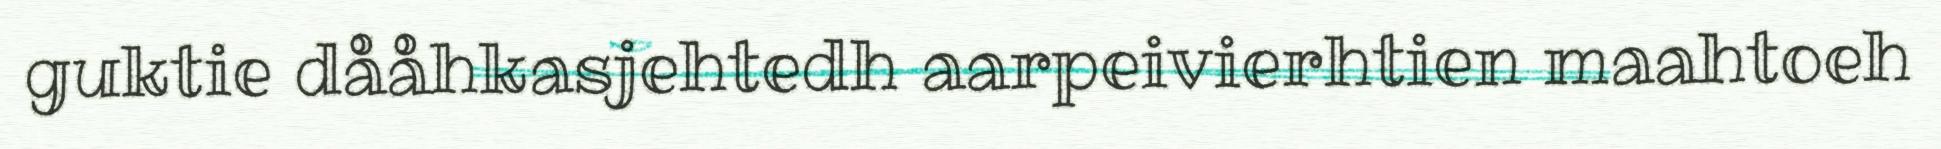
guktie dååhkasjehtedh aarpeivierhtien maahtoeh